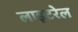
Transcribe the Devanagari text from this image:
लाइटरेल